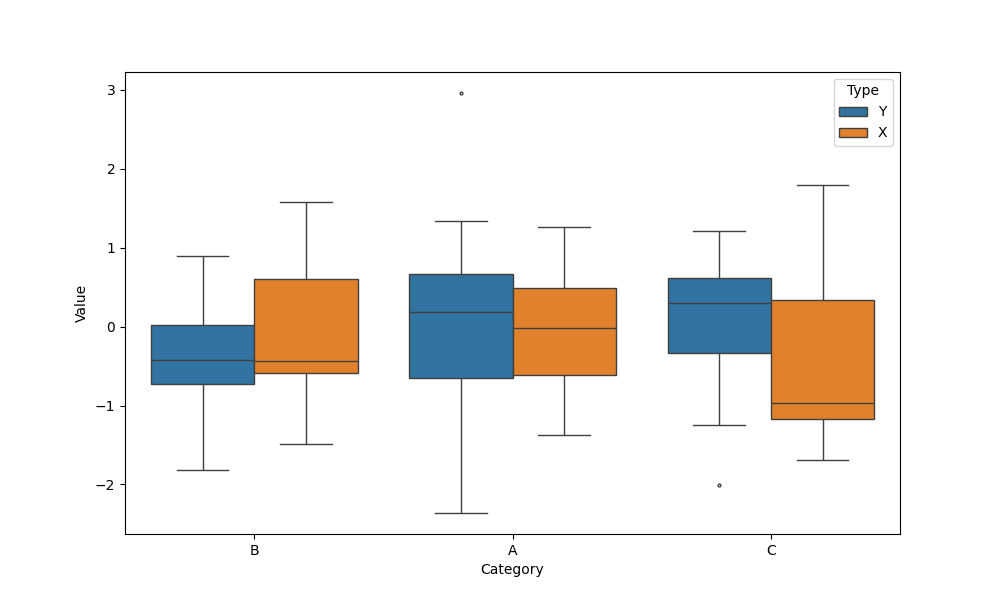
python, seaborn, boxplot, width=0.8, linewidth=1, fliersize=2, notch=False